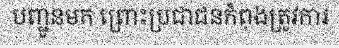
បញ្ជូនមក ព្រោះប្រជាជនកំពុងត្រូវការ